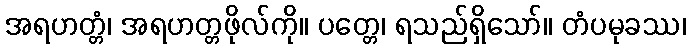
အရဟတ္တံ၊ အရဟတ္တဖိုလ်ကို။ ပတ္တေ၊ ရသည်ရှိသော်။ တံပမုခဿ၊